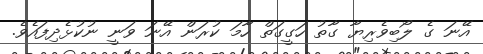
އޭނަ ގެ ލޯބިވެރިޔާ ގާތު ހަގީގަތް ހާމަ ކުރަން އޭނަ ވަނީ ނުކުޅެދިފައެވެ.